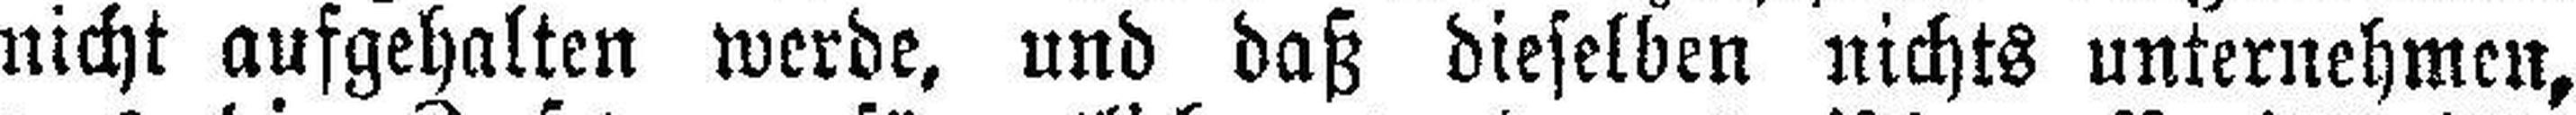
nicht aufgehalten werde, und daß dieselben nichts unternehmen,